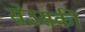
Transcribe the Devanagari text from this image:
सेउसकी